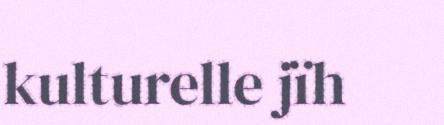
kulturelle jïh